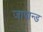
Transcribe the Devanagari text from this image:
जापान्ड